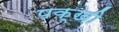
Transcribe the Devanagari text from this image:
पक्खी